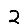
Digit: 2